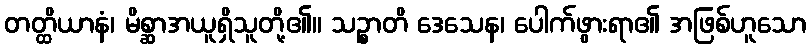
တတ္ထိယာနံ၊ မိစ္ဆာအယူရှိသူတို့၏။ သဉ္စာတိ ဒေသေန၊ ပေါက်ဖွားရာ၏ အဖြစ်ဟူသော